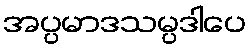
အပ္ပမာဒသမ္ပဒါပေ